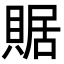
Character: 䝻